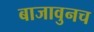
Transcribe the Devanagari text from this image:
बाजावुनच